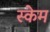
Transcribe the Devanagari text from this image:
स्केम